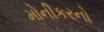
મોનીકરનો